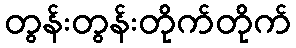
တွန်းတွန်းတိုက်တိုက်